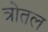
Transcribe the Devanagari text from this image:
त्रोतल